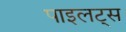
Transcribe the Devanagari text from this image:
पाइलट्स